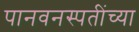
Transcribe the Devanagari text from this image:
पानवनस्पतींच्या